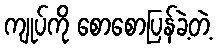
ကျုပ်ကို စောစောပြန်ခဲ့တဲ့